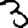
Digit: 3